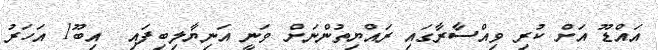
އައްޑޫ އަށް ކުރި ވިއްސާރާގައި ރައްޔިތުންނަށް ވަނީ އަނިޔާލިބިފައި  އިބޫ1 އަހަރު